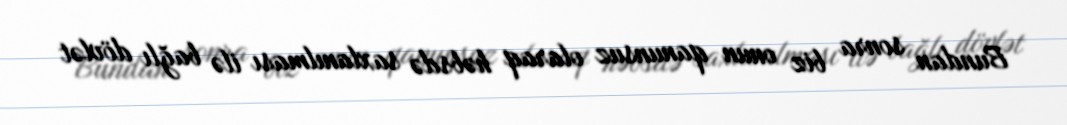
Bundan sonra biz onun qanunsuz olaraq həbsdə saxlanılması ilə bağlı dövlət